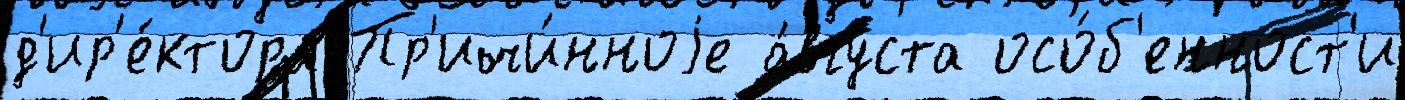
д'ир'е́ктора Пр'ичи́нноjе а́вгуста осо́б'енност'и